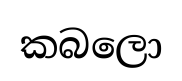
කබලො